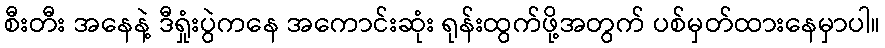
စီးတီး အနေနဲ့ ဒီရှုံးပွဲကနေ အကောင်းဆုံး ရုန်းထွက်ဖို့အတွက် ပစ်မှတ်ထားနေမှာပါ။